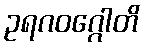
ဥရဂဝဂ္ဂေါတိ